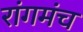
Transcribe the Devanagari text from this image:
रांगमंच